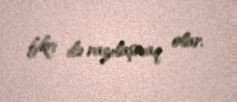
fikri ilə razılaşmaq olar.